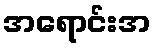
အရောင်းအ